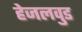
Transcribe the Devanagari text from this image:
हेजलवुड